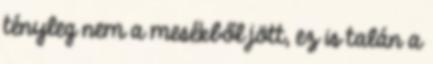
tényleg nem a mesékből jött, ez is talán a